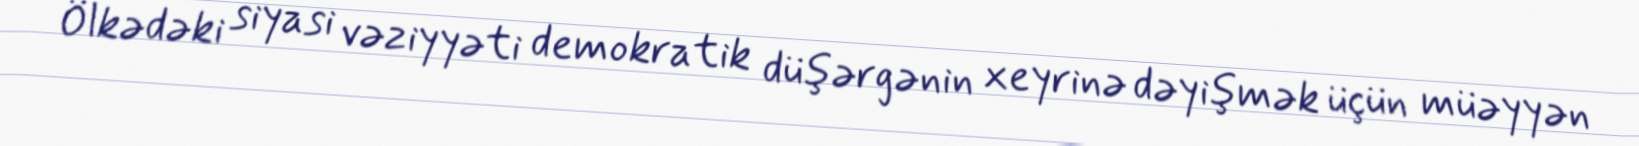
Ölkədəki siyasi vəziyyəti demokratik düşərgənin xeyrinə dəyişmək üçün müəyyən